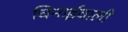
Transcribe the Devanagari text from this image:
चिनाईवाली